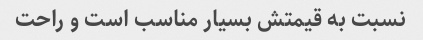
نسبت به قیمتش بسیار مناسب است و راحت